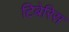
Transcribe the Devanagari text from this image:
टिबेरिस